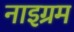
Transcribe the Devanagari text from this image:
नाइग्रम